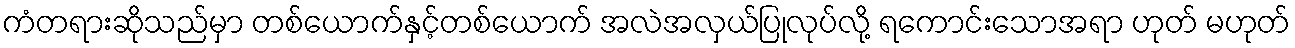
ကံတရားဆိုသည်မှာ တစ်ယောက်နှင့်တစ်ယောက် အလဲအလှယ်ပြုလုပ်လို့ ရကောင်းသောအရာ ဟုတ် မဟုတ်